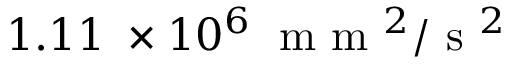
1 . 1 1 \; \times 1 0 ^ { 6 } \; \mathrm { ~ m ~ m ~ } ^ { 2 } / \mathrm { ~ s ~ } ^ { 2 }